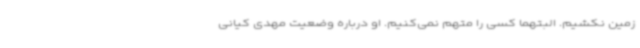
زمین‌ نکشیم. البتهما کسی را متهم نمی‌کنیم. او درباره وضعیت مهدی کیانی